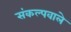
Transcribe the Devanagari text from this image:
संकल्पवाले